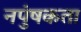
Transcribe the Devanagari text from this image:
नपुंषकता